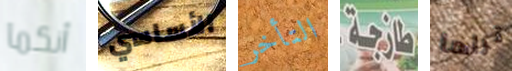
أنكما الأساسي التأخر طازجة تراها